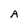
Character: A